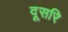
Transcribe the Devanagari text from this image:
दूसरि